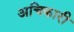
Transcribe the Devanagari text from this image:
अचिकारी